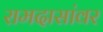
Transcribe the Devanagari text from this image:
रामदासांवर